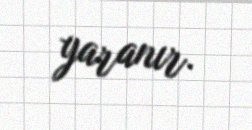
yaranır.